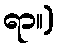
ရာ။)